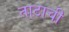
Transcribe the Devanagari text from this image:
ताटाची